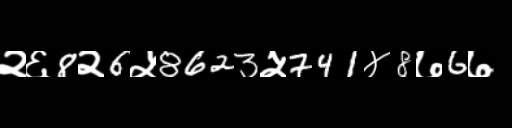
Text: २६8२6५8623५741४8७6७